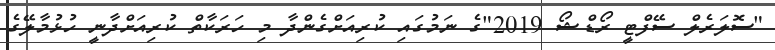
"ސޮލަރެލް ސޭފްޓީ ރޯޑްޝޯ 2019"ގެ ނަމުގައި ކުރިއަށްގެންދާ މި ހަރަކާތް ކުރިއަށްދާނީ ހުޅުމާލޭގެ